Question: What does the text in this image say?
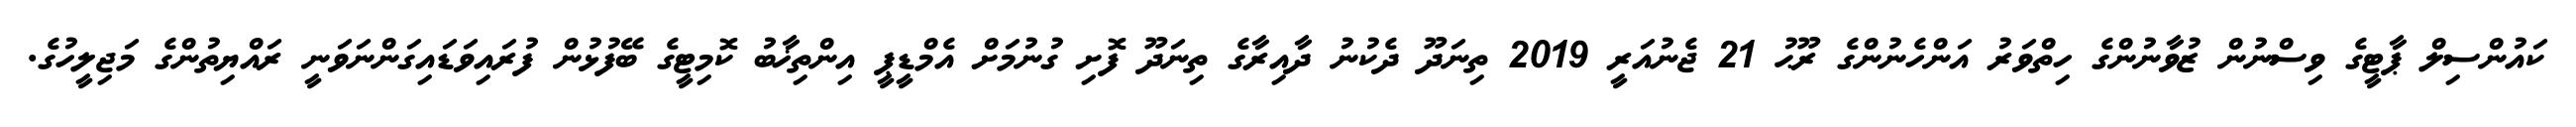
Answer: ކައުންސިލް ޕާޓީގެ ވިސްނުން ޒުވާނުންގެ ހިތްވަރު އަންހެނުންގެ ރޫޙު 21 ޖެނުއަރީ 2019 ތިނަދޫ ދެކުނު ދާއިރާގެ ތިނަދޫ ފޮށި ގުނުމަށް އެމްޑީޕީ އިންތިޚާބު ކޮމިޓީގެ ބޭފުޅުން ފުރައިވަޑައިގަންނަވަނީ ރައްޔިތުންގެ މަޖިލީހުގެ.